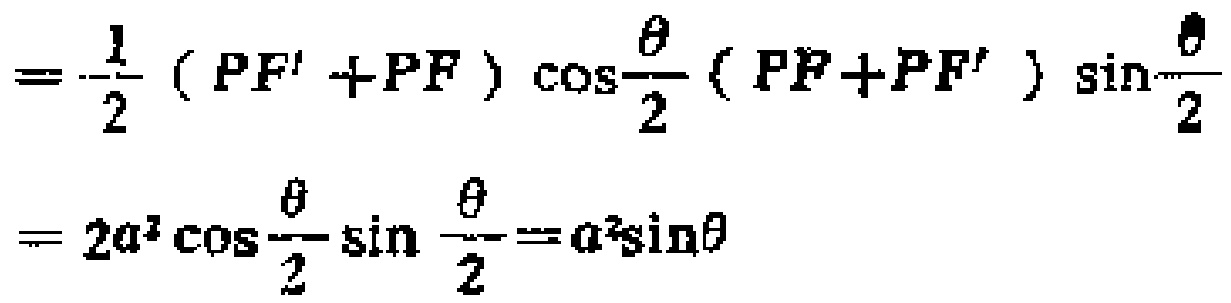
\[
\begin{align*}
&=\frac{1}{2}(PF'+PF)\cos\frac{\theta}{2}(PF + PF')\sin\frac{\theta}{2}\\
&= 2a^{2}\cos\frac{\theta}{2}\sin\frac{\theta}{2}=a^{2}\sin\theta
\end{align*}
\]